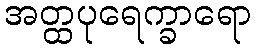
အတ္ထပုရေက္ခာရော